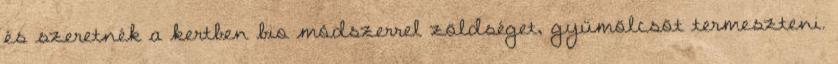
és szeretnék a kertben bio módszerrel zöldséget, gyümölcsöt termeszteni.